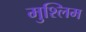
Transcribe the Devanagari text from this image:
मुश्लिम